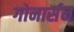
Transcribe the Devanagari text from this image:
गोनार्सन